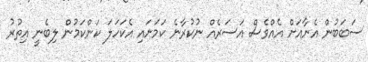
ސަބަބުން އެނާއަށް އެއްވެސް އަސަރެއް ނުކުރާނެ ކަމަށައި އެކަހަލަ ކަންކަމުން ލިބެނީ އިތުރު